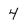
Character: 4